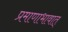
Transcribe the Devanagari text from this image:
प्रमाणाभावात्